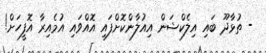
- ތުޅާދޫ ބައި އިލެކްޝަން އިއުލާންކޮށްފައި އޮއްވައި އުމެއިރާ އޮފީހަށް!